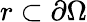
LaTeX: r\subset\partial\Omega